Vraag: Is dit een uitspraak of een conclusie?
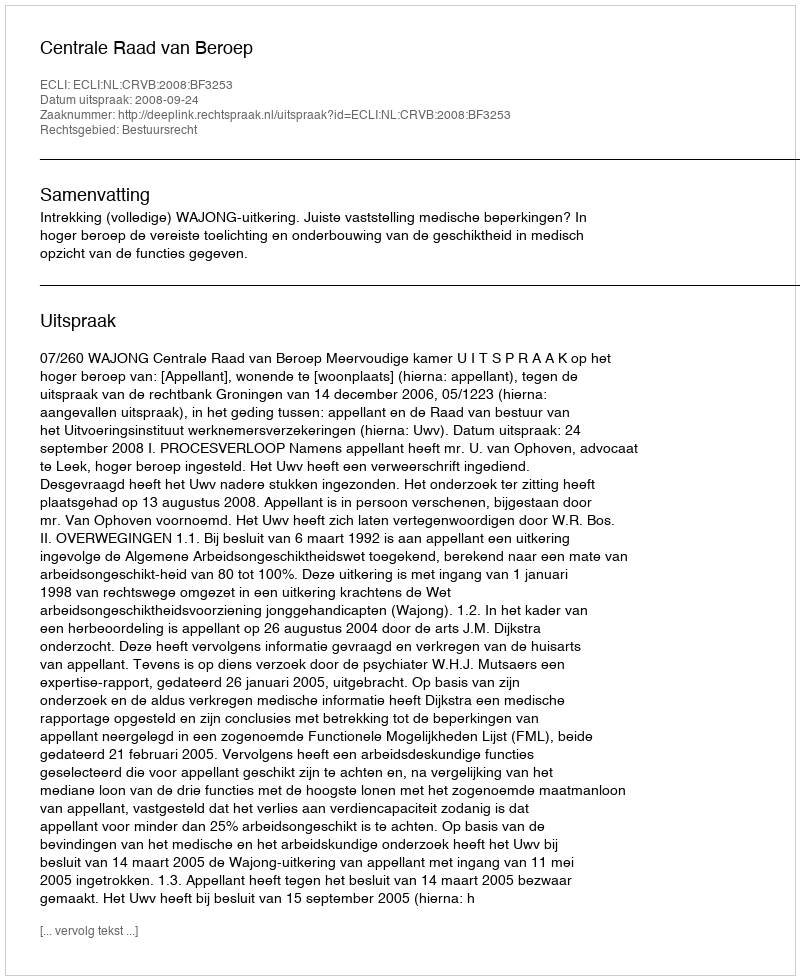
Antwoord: Uitspraak